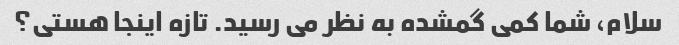
سلام، شما کمی گمشده به نظر می رسید. تازه اینجا هستی؟